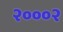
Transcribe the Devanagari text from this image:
२०००२